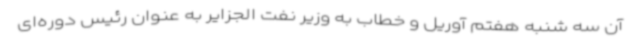
آن سه شنبه هفتم آوریل و خطاب به وزیر نفت الجزایر به عنوان رئیس دوره‌ای